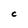
Character: C